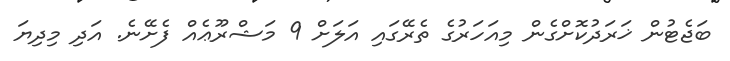
ބަޖެޓުން ޚަރަދުކޮށްގެން މިއަހަރުގެ ތެރޭގައި އަލަށް 9 މަޝްރޫޢެއް ފެށޭނެ. އަދި މިދިޔަ